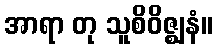
အာရာ တု သူစိဝိဇ္ဈနံ။